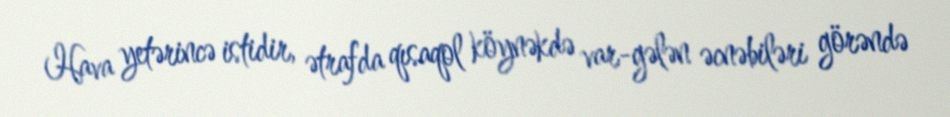
Hava yetərincə istidir, ətrafda qısaqol köynəkdə var-gələn əcnəbiləri görəndə